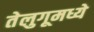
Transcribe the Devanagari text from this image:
तेलुगूमध्ये